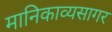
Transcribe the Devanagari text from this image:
मानिकाव्यसागर